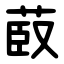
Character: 菣